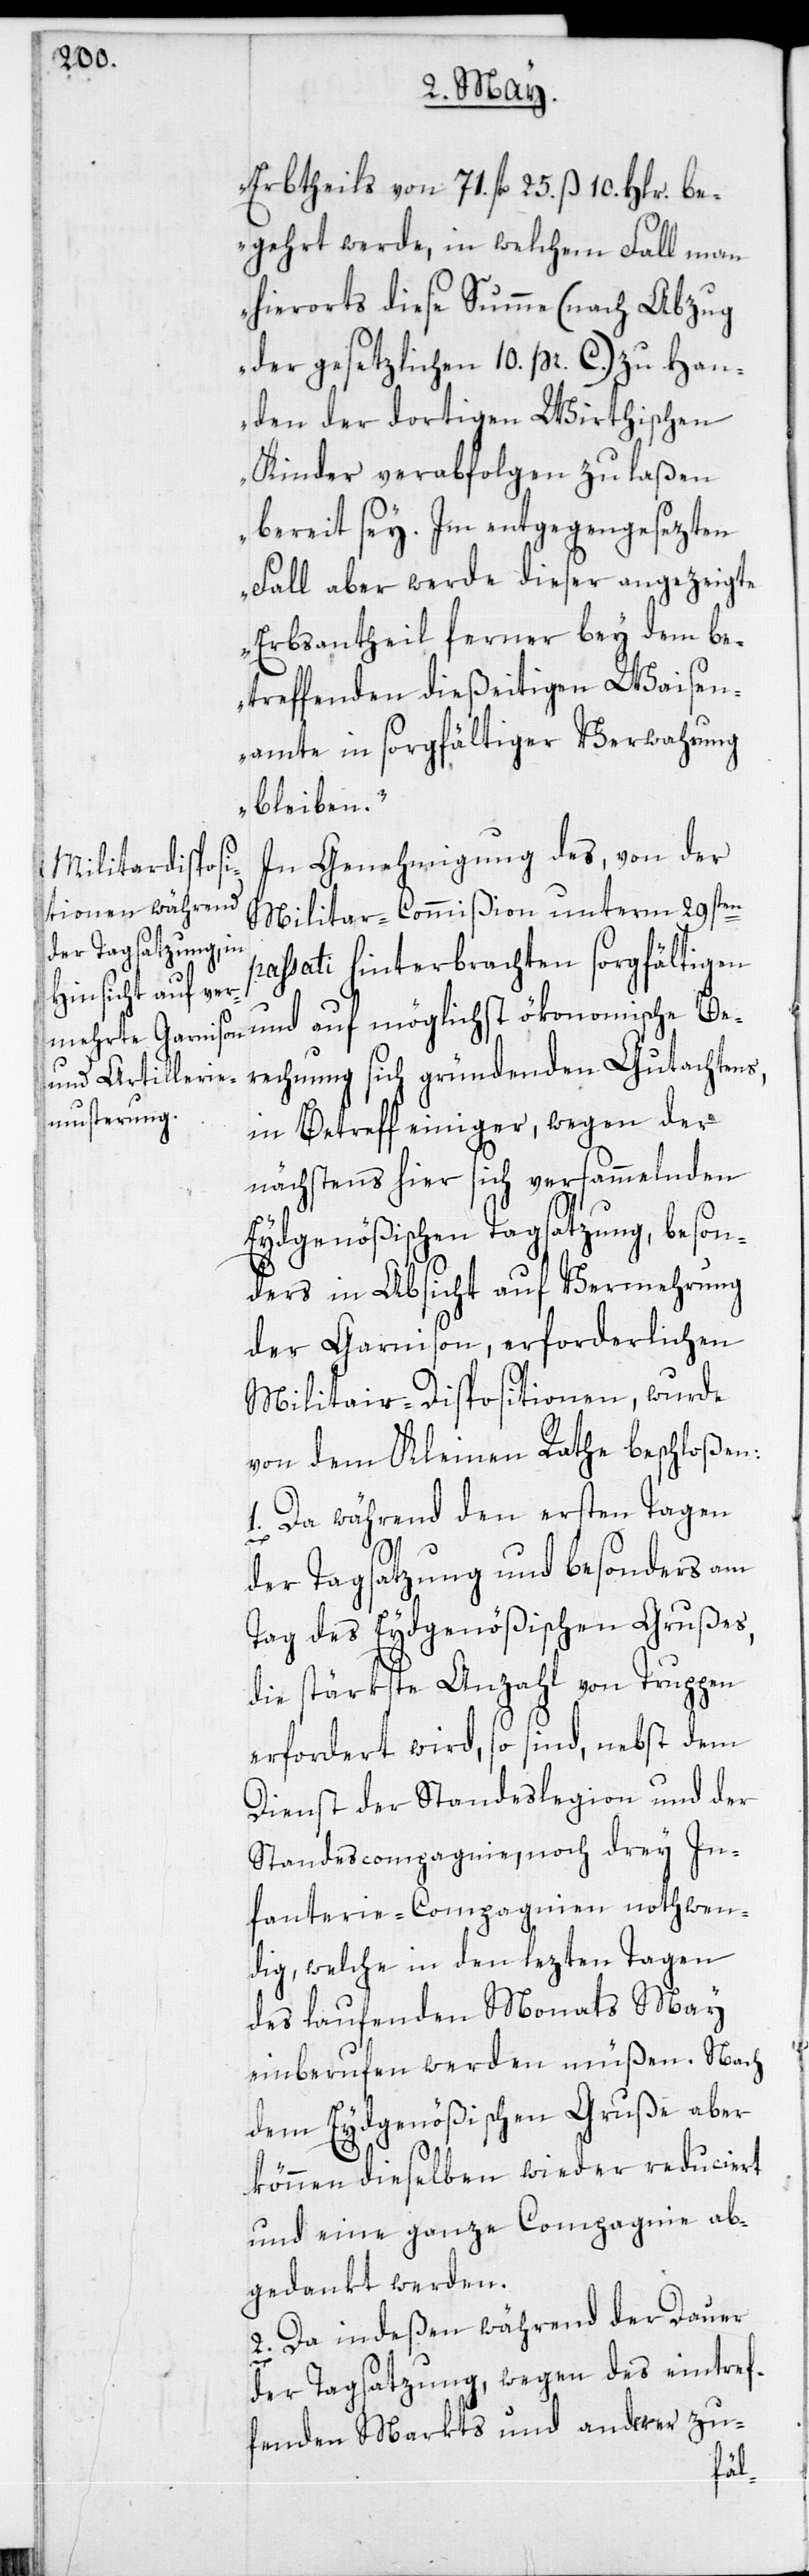
Erbtheils von 71. fl 25. ß 10. Hlr. be¬
gehrt werde, in welchem Fall man
hierorts diese Summe (nach Abzug
der gesetzlichen 10 pr. C.) zu Han¬
den der dortigen Wirthischen
Kinder verabfolgen zu laßen
bereit sey. Im entgegengesezten
Fall aber werde dieser angezeigte
Erbsantheil ferner bey dem be¬
treffenden dießseitigen Waisen¬
amte in sorgfältiger Verwahrung
bleiben.“
In Genehmigung des, von der
Militar-Commißion unterm 29sten
passati hinterbrachten sorgfältigen
rechnung sich gründenden Gutachtens,
in Betreff einiger, wegen der
nächstens hier sich versammelnden
Eydgenößischen Tagsatzung, beson¬
ders in Absicht auf Vermehrung
der Garnison, erforderlichen
Militair-Dispositionen, wurde
von dem Kleinen Rathe beschloßen:
1. Da während den ersten Tagen
der Tagsatzung und besonders am
Tag des Eydgenößischen Grußes,
die stärkste Anzahl von Truppen
erfordert wird, so sind, nebst dem
Dienst der Standeslegion und der
Standescompagnie, noch drey In¬
fanterie-Compagnien nothwen¬
dig, welche in den lezten Tagen
des laufenden Monats May
einberufen werden müßen. Nach
dem Eydgenößischen Gruße aber
können dieselben wieder reduciert
und eine ganze Compagnie ab¬
gedankt werden.
2. Da indeßen während der Dauer
der Tagsatzung, wegen des eintref¬
fenden Markts und anderer zu-
Be¬